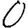
Digit: 0